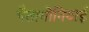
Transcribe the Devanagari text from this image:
पैतागोनियाई